画像に写った文字を読んでください
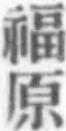
「福原」と書いてあります